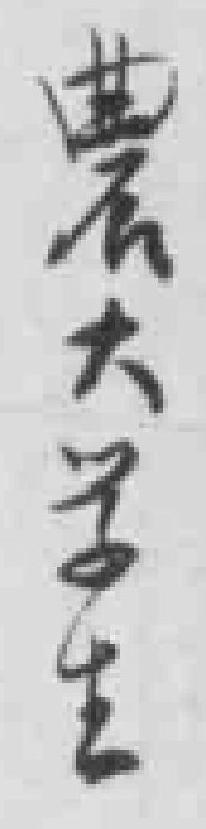
農大学生